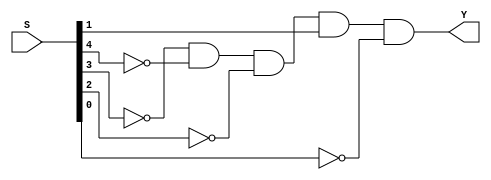
// Copyright (C) 2020  Intel Corporation. All rights reserved.
// Your use of Intel Corporation's design tools, logic functions 
// and other software and tools, and any partner logic 
// functions, and any output files from any of the foregoing 
// (including device programming or simulation files), and any 
// associated documentation or information are expressly subject 
// to the terms and conditions of the Intel Program License 
// Subscription Agreement, the Intel Quartus Prime License Agreement,
// the Intel FPGA IP License Agreement, or other applicable license
// agreement, including, without limitation, that your use is for
// the sole purpose of programming logic devices manufactured by
// Intel and sold by Intel or its authorized distributors.  Please
// refer to the applicable agreement for further details, at
// https://fpgasoftware.intel.com/eula.

// PROGRAM		"Quartus Prime"
// VERSION		"Version 20.1.1 Build 720 11/11/2020 SJ Lite Edition"
// CREATED		"Thu May 18 11:57:40 2023"

module S2(
	S,
	Y
);


input wire	[4:0] S;
output wire	Y;

wire	SYNTHESIZED_WIRE_0;
wire	SYNTHESIZED_WIRE_1;
wire	SYNTHESIZED_WIRE_2;
wire	SYNTHESIZED_WIRE_3;
wire	SYNTHESIZED_WIRE_4;

assign	SYNTHESIZED_WIRE_1 = 1;



assign	Y = SYNTHESIZED_WIRE_0 & SYNTHESIZED_WIRE_1 & SYNTHESIZED_WIRE_2 & SYNTHESIZED_WIRE_3 & S[1] & SYNTHESIZED_WIRE_4;


assign	SYNTHESIZED_WIRE_2 =  ~S[4];

assign	SYNTHESIZED_WIRE_0 =  ~S[3];

assign	SYNTHESIZED_WIRE_3 =  ~S[2];

assign	SYNTHESIZED_WIRE_4 =  ~S[0];


endmodule